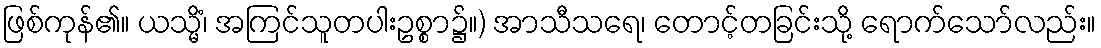
ဖြစ်ကုန်၏။ ယသ္မိံ၊ အကြင်သူတပါးဥစ္စာ၌။) အာသီသရေ၊ တောင့်တခြင်းသို့ ရောက်သော်လည်း။